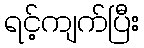
ရင့်ကျက်ပြီး